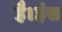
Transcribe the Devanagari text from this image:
है।हंस